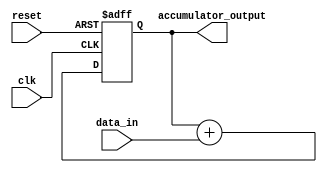
module cascaded_accumulator (
    input wire clk,
    input wire reset,
    input wire [15:0] data_in,
    output reg [31:0] accumulator_output
);

reg [31:0] accumulator;

always @(posedge clk or posedge reset) begin
    if (reset) begin
        accumulator <= 0;
    end else begin
        accumulator <= accumulator + $signed(data_in);
    end
end

assign accumulator_output = accumulator;

endmodule